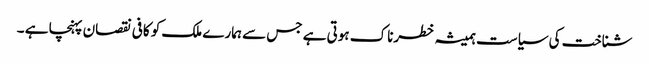
شناخت کی سیاست ہمیشہ خطرناک ہوتی ہے جس سے ہمارے ملک کو کافی نقصان پہنچا ہے ۔